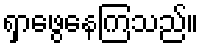
ရှာဖွေနေကြသည်။